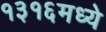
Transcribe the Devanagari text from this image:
१३१६मध्ये